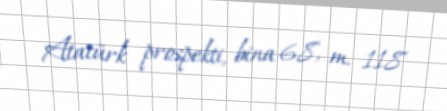
Atatürk prospekti, bina 68, m. 118